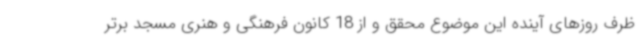
ظرف روزهای آینده این موضوع محقق و از 18 کانون فرهنگی و هنری مسجد برتر